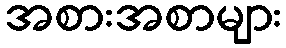
အစားအစာများ